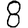
Digit: 8